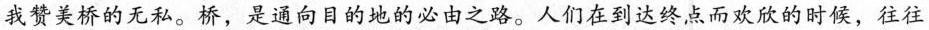
我赞美桥的无私。桥，是通向目的地的必由之路。人们在到达终点而欢欣的时候，往往